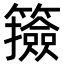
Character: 籡